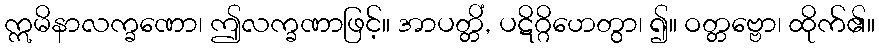
ဣမိနာလက္ခဏော၊ ဤလက္ခဏာဖြင့်။ အာပတ္တိံ, ပဋိဂ္ဂိဟေတွာ၊ ၍။ ဝတ္တဗ္ဗော၊ ထိုက်၏။